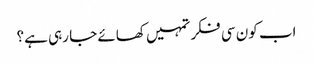
اب کون سی فکر تمہیں کھائے جا رہی ہے؟